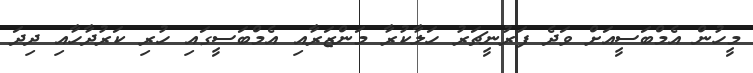
މީހުން އެމްބަސީއަށް ވަދެ ފަރުނީޗަރު ހަލާކުރާ މަންޒަރާއި އެމްބަސީގައި ހުރި ކަރުދާހާއި ދިދަ